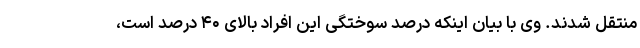
منتقل شدند. وی با بیان اینکه درصد سوختگی این افراد بالای ۴۰ درصد است،